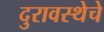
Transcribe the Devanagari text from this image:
दुरावस्थेचे